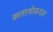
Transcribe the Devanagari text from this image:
कलाजीवनात